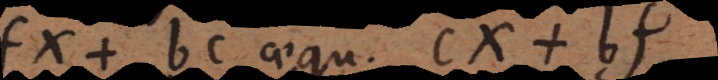
fx + bc aequ. cx + bf.